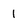
Character: 1